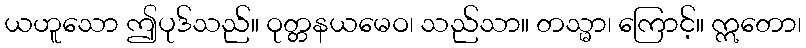
ယဟူသော ဤပုဒ်သည်။ ဝုတ္တနယမေဝ၊ သည်သာ။ တသ္မာ၊ ကြောင့်။ ဣတော၊